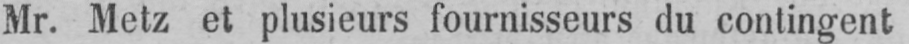
Mr. Metz et plusieurs fournisseurs du contingent